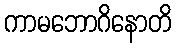
ကာမဘောဂိနောတိ